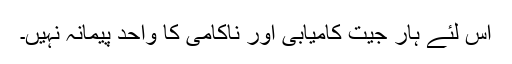
اس لئے ہار جیت کامیابی اور ناکامی کا واحد پیمانہ نہیں۔